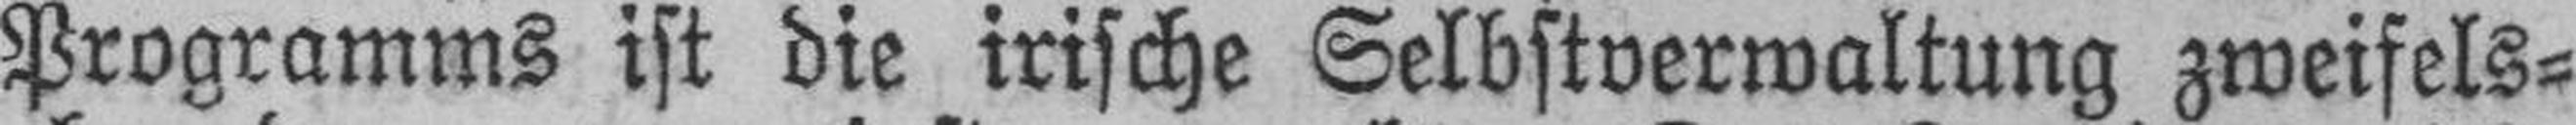
Programms ist die irische Selbstverwaltung zweifels¬